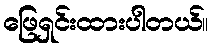
ဖြေရှင်းထားပါတယ်။